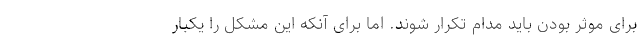
برای موثر بودن باید مدام تکرار شوند. اما برای آنکه این مشکل را یکبار